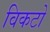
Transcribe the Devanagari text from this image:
विकटो